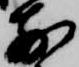
前